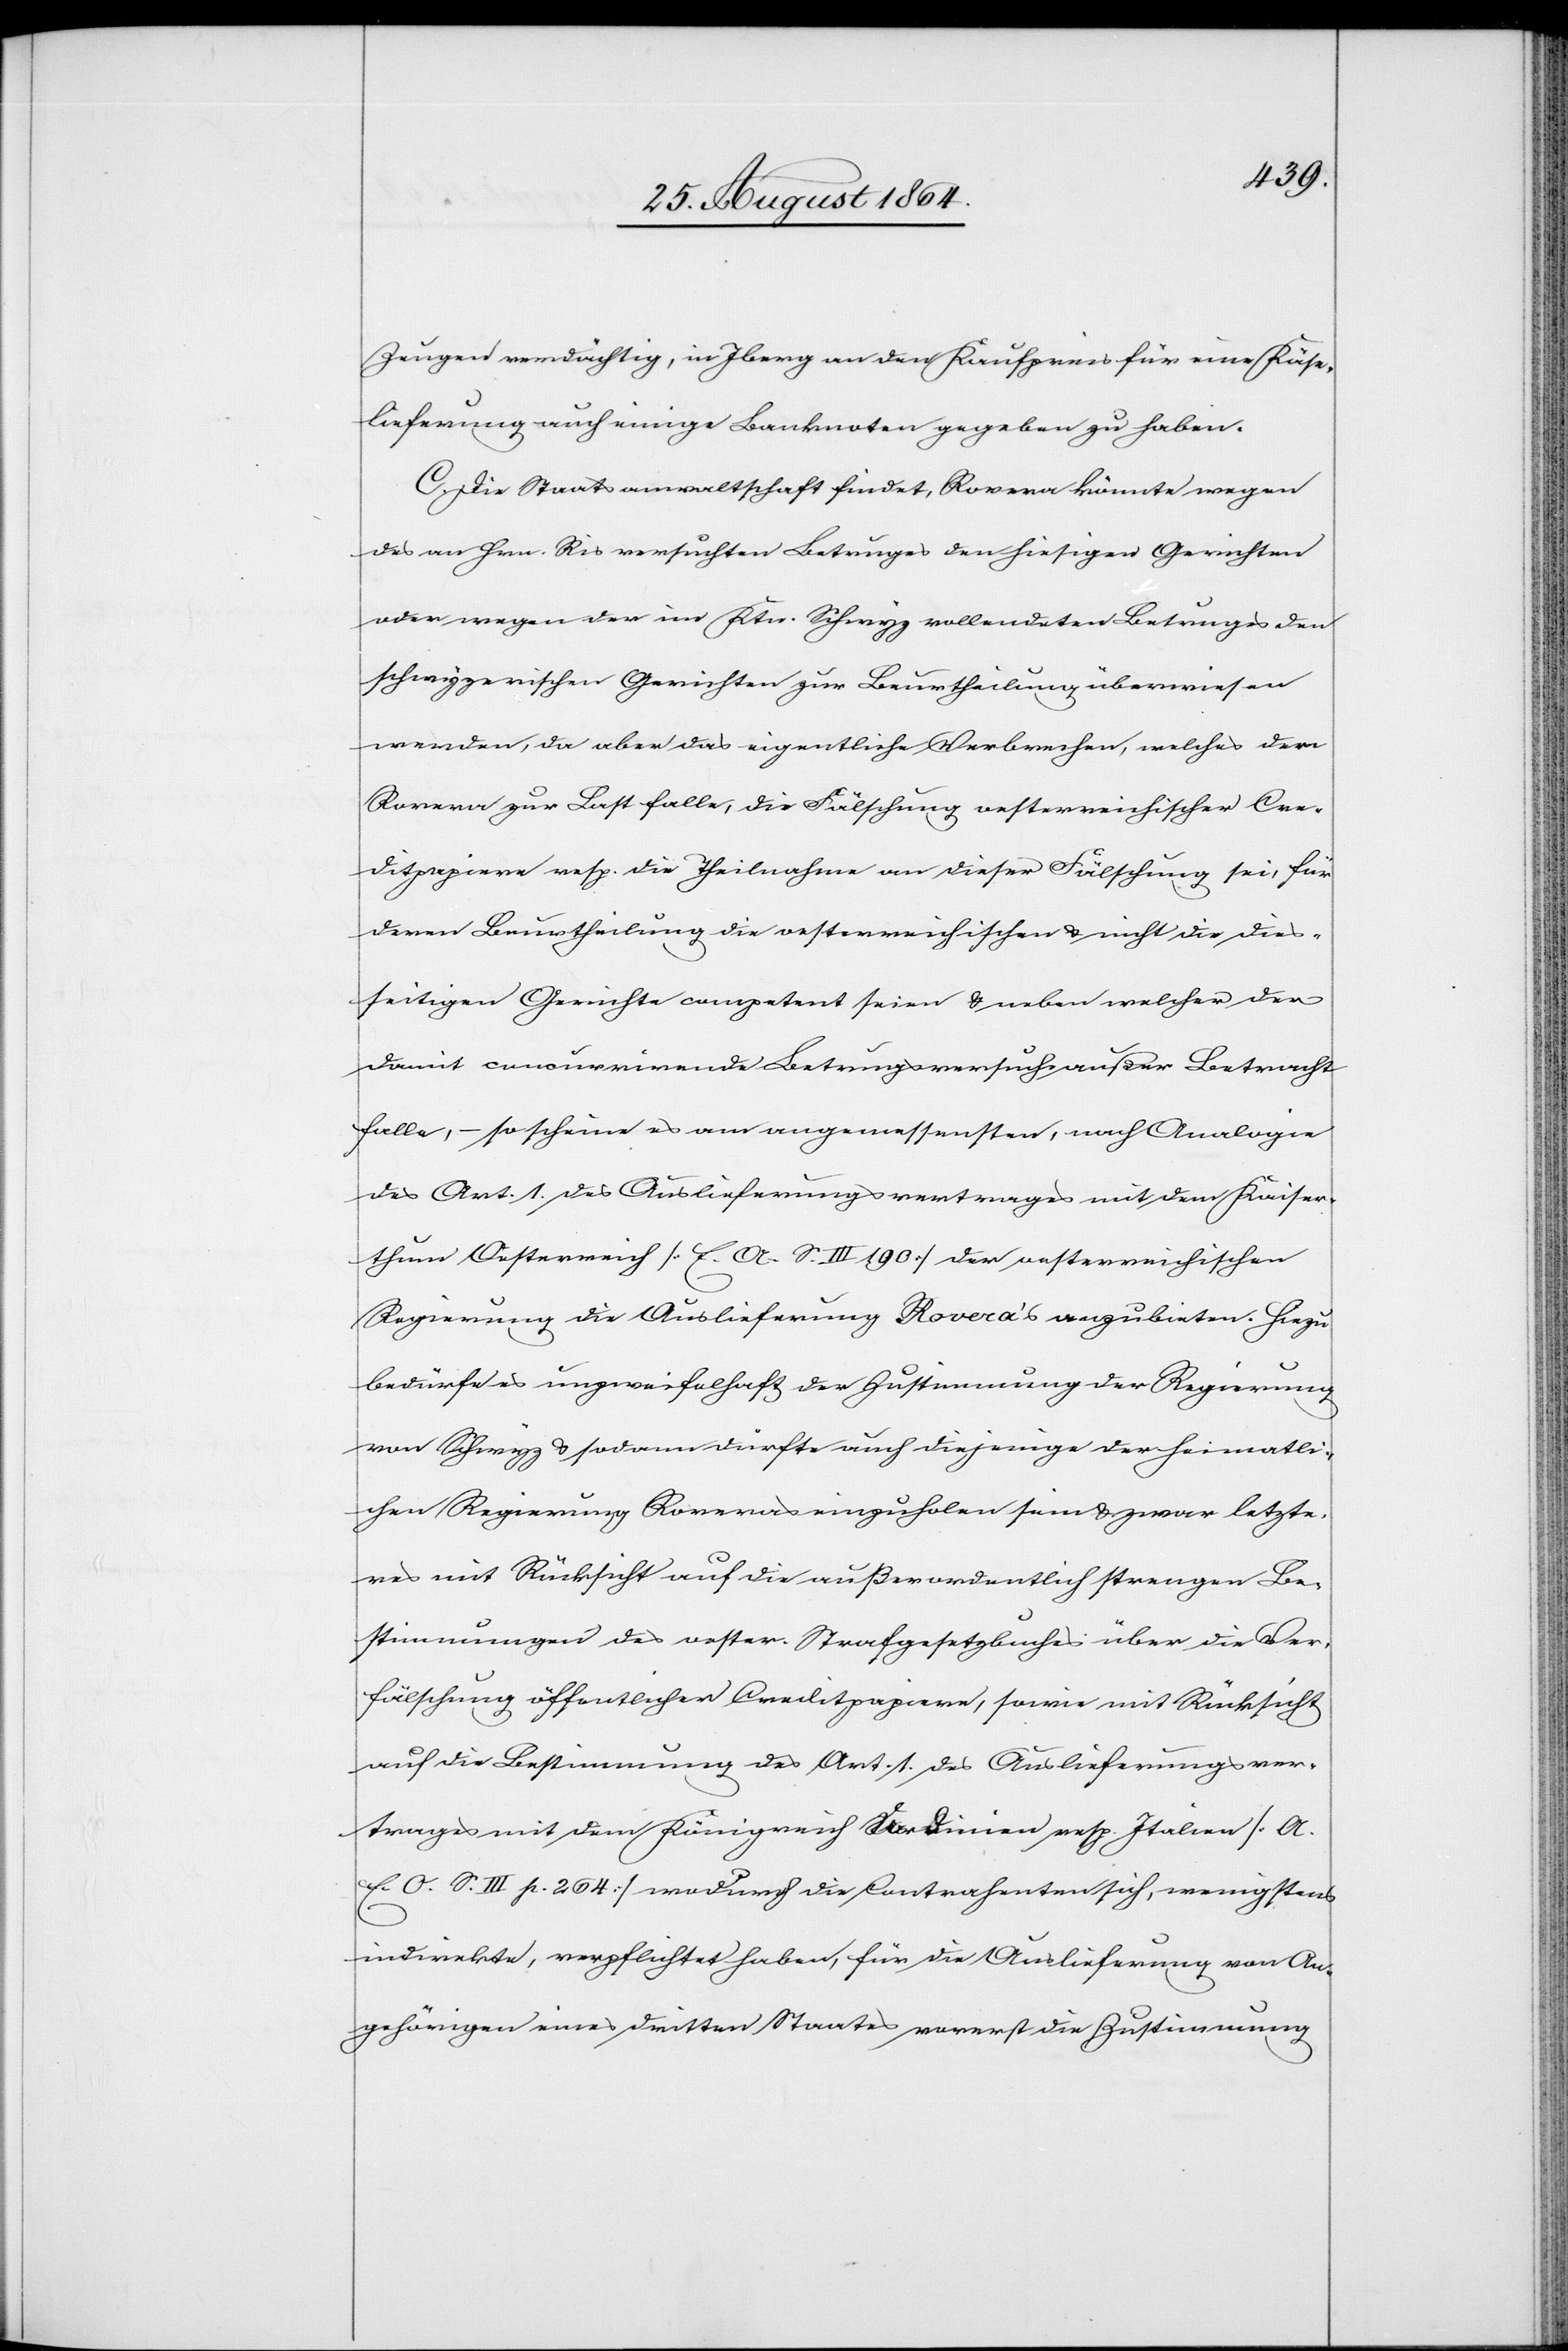
Zeugen verdächtig, in Iberg [sic!] an den Kaufpreis für eine Käse¬
lieferung auch einige Banknoten gegeben zu haben.
C. Die Staatsanwaltschaft findet, Rovera könnte wegen
des an Hrn. Ris versuchten Betruges den hiesigen Gerichten
oder wegen der [sic!] im Ktn. Schwyz vollendeten Betruges den
schwyzerischen Gerichten zur Beurtheilung überwiesen
werden, da aber das eigentliche Verbrechen, welches dem
Rovera zur Last falle, die Fälschung oesterreichischer Cre¬
ditpapiere resp. die Theilnahme an dieser Fälschung sei, für
deren Beurtheilung die oesterreichischen & nicht die dies¬
seitigen Gerichte competent seien & neben welcher der
damit concurrirende Betrugsversuch außer Betracht
falle, – so scheine es am angemessensten, nach Analogie
des Art. 1 des Auslieferungsvertrages mit dem Kaiser¬
thum Oesterreich [E. A. S. III 190] der oesterreichischen
Regierung die Auslieferung Rovera’s anzubieten. Hiezu
bedürfe es unzweifelhaft der Zustimmung der Regierung
von Schwyz & sodann dürfte auch diejenige der heimatli¬
chen Regierung Roveras einzuholen sein & zwar letzte¬
res mit Rücksicht auf die außerordentlich strengen Be¬
stimmungen des oester. Strafgesetzbuches über die Ver¬
fälschung öffentlicher Creditpapiere, sowie mit Rücksicht
auf die Bestimmung des Art. 1 des Auslieferungsver¬
trages mit dem Königreich Sardinien resp. Italien [A.
E. O. S. III p. 264] wodurch die Contrahenten sich, wenigstens
indirekte, verpflichtet haben, für die Auslieferung von An¬
gehörigen eines dritten Staates vorerst die Zustimmung